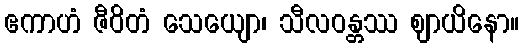
ဧကာဟံ ဇီဝိတံ သေယျော၊ သီလဝန္တဿ ဈာယိနော။